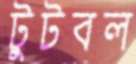
টুটবল